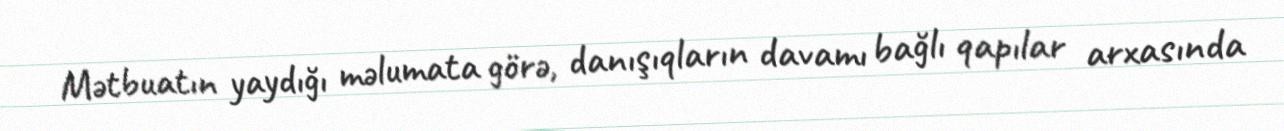
Mətbuatın yaydığı məlumata görə, danışıqların davamı bağlı qapılar arxasında